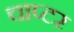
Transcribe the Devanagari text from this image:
चाप्टर